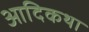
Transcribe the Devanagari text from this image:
आदिकथा